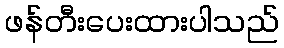
ဖန်တီးပေးထားပါသည်